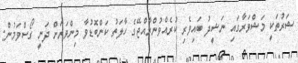
ޝަރުތަކީ މަޝްވަރާގައި ނަޝީދު ބައިވެރި ކުރެއްވުންރާއްޖޭގެ ހާލަތު ކަންބޮޑުވާ މިންވަރަށް ދަނީ ގޯސްވަމުން: